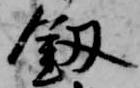
釼